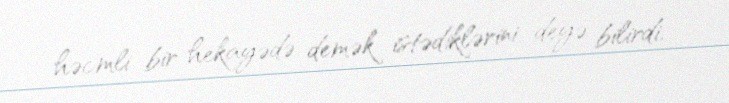
həcmli bir hekayədə demək istədiklərini deyə bilirdi.